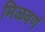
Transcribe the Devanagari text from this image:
मिळवणं